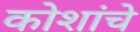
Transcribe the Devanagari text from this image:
कोशांचे